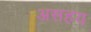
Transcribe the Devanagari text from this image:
असहय